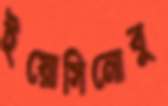
ইয়োসিনোবু